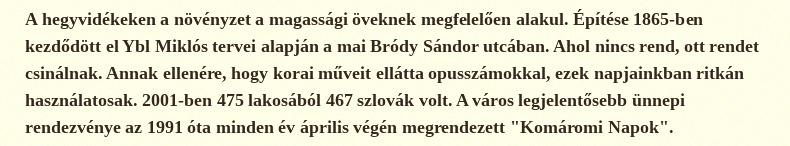
A hegyvidékeken a növényzet a magassági öveknek megfelelően alakul. Építése 1865-ben kezdődött el Ybl Miklós tervei alapján a mai Bródy Sándor utcában. Ahol nincs rend, ott rendet csinálnak. Annak ellenére, hogy korai műveit ellátta opusszámokkal, ezek napjainkban ritkán használatosak. 2001-ben 475 lakosából 467 szlovák volt. A város legjelentősebb ünnepi rendezvénye az 1991 óta minden év április végén megrendezett "Komáromi Napok".